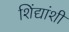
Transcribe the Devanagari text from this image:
शिंद्यांशी